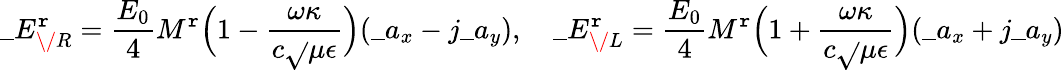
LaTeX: \_ E_{\/ R}^{\mathtt{r}}={\frac{{E_{0}}}{{4}}}M^{\mathtt{r}}\Big(1-{\frac{{\omega\kappa}}{{c\sqrt{}{{\mu\epsilon}}}}}\Big)(\_ a_{x}-j\_ a_{y}),\quad\_ E_{\/ L}^{\mathtt{r}}={\frac{{E_{0}}}{{4}}}M^{\mathtt{r}}\Big(1+{\frac{{\omega\kappa}}{{c\sqrt{}{{\mu\epsilon}}}}}\Big)(\_ a_{x}+j\_ a_{y})